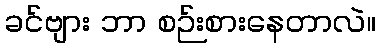
ခင်ဗျား ဘာ စဉ်းစားနေတာလဲ။